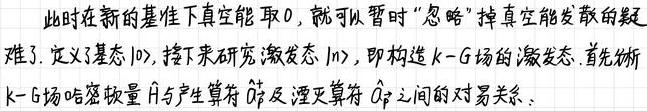
此时在新的基准下真空能取 0，就可以暂时“忽略”掉真空能发散的疑难了. 定义了基态 $|0\rangle$，接下来研究激发态 $|n\rangle$，即构造 $k - G$ 场的激发态. 首先分析 $k - G$ 场哈密顿量 $\hat{H}$ 与产生算符 $\hat{a}_{k}^{\dagger}$ 及湮灭算符 $\hat{a}_{k}$ 之间的对易关系.